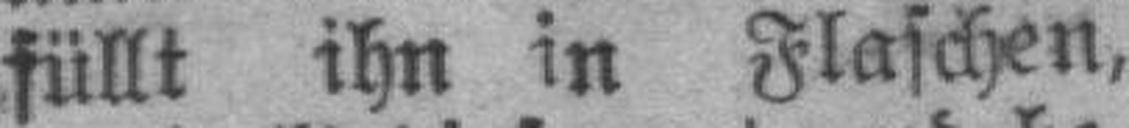
füllt ihn in Flaschen,